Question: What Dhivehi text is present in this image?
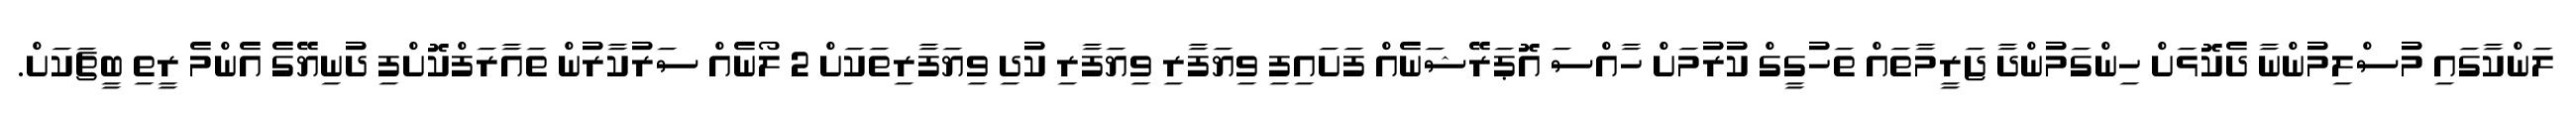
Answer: ލަންކާގައި މުސްލިމުންނާ ދެކޮޅަށް ހިންގަމުންދާ ޖަރީމާތައް ތަހުގީގް ކުރުމަށް ހާއްސަ އޮޕަރޭޝަނެއް ފަށައިފި ވިޔަފާރި ވިޔަފާރި ކުދި ވިޔަފާރިތަކަށް 2 ލޯނެއް ސަރުކާރުން ތައާރަފްކޮށްފި ދުނިޔޭގެ އެންމެ ރީތި ބީޗަކަށް.